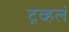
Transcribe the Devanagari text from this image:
ट्रव्हलं